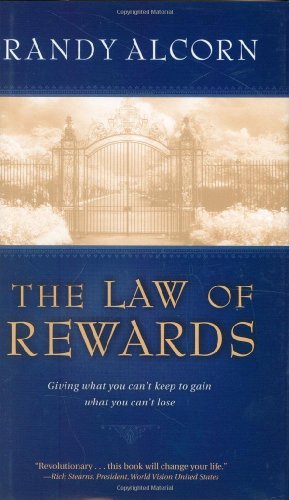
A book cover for The Law of Rewards: Giving what you can't keep to gain what you can't lose.; Randy Alcorn; Christian Books & Bibles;